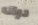
دوائه